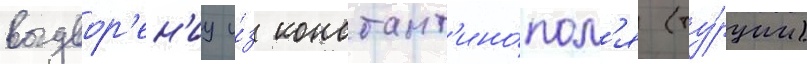
выдвор'ен'иу и́з констант'ино́пол'я (ту́рции)